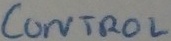
Text: Control